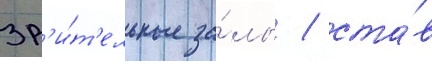
зр'и́т'ельные за́лы / ста́в